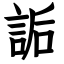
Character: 詬